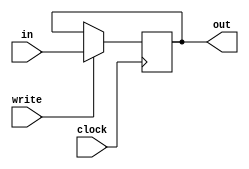

module register
  #(parameter WIDTH = 32)
  (
  input [WIDTH-1:0] in,
  output reg [WIDTH-1:0] out,
  input write,
  input clock
  );
  
  always @(negedge clock) //     clock,  -  
  begin
    if (write) out <= in;
  end

endmodule